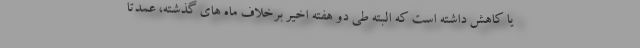
یا کاهش داشته است که البته طی دو هفته اخیر برخلاف ماه های گذشته، عمدتا